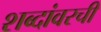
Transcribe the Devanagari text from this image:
शब्दांवरची